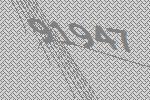
91947